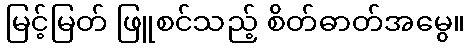
မြင့်မြတ် ဖြူစင်သည့် စိတ်ဓာတ်အမွေ။